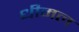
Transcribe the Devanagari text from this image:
धीमल